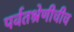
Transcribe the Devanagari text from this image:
पर्वतश्रेणीचीच